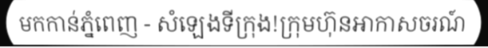
មកកាន់ភ្នំពេញ - សំឡេងទីក្រុង!ក្រុមហ៊ុនអាកាសចរណ៍